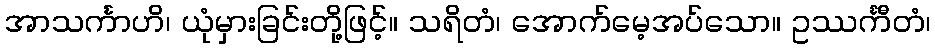
အာသင်္ကာဟိ၊ ယုံမှားခြင်းတို့ဖြင့်။ သရိတံ၊ အောက်မေ့အပ်သော။ ဥဿင်္ကီတံ၊